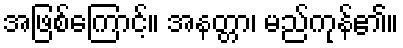
အဖြစ်ကြောင့်။ အနတ္တာ၊ မည်ကုန်၏။